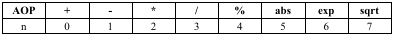
<table><thead><tr><td><b>AOP</b></td><td><b>+</b></td><td><b>-</b></td><td><b>*</b></td><td><b>/</b></td><td><b>%</b></td><td><b>abs</b></td><td><b>exp</b></td><td><b>sqrt</b></td></tr></thead><tbody><tr><td>n</td><td>0</td><td>1</td><td>2</td><td>3</td><td>4</td><td>5</td><td>6</td><td>7</td></tr></tbody></table>